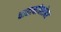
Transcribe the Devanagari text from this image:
चाहत्यांबरोबर